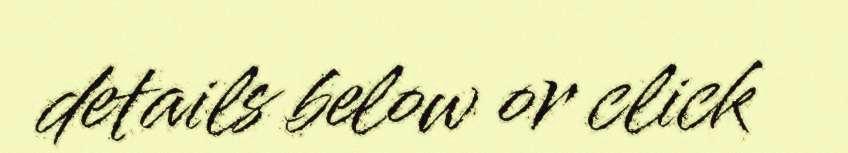
details below or click